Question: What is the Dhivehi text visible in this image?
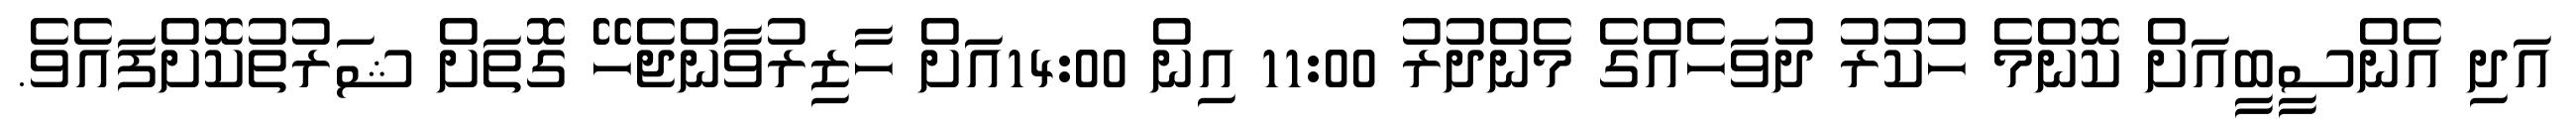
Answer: އަދި އެންސީބީއަށް ކޮންމެ ހުކުރު ދުވަހެއްގެ މެންދުރު 11:00 އިން 14:00އަށް ހާޒިރުވާންޖެހޭ ގޮތަށް ޝަރުތުކޮށްފައެވެ.